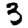
Digit: 3